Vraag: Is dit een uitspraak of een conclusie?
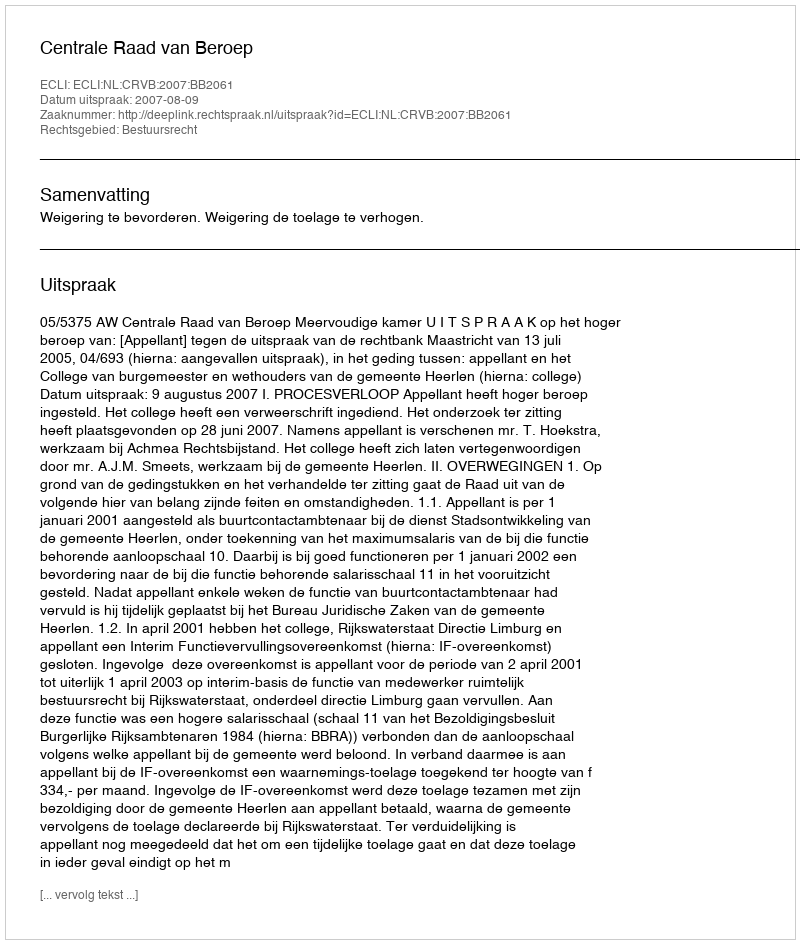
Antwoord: Uitspraak